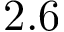
2 . 6